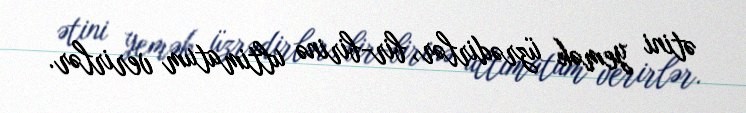
ətini yemək üzrədirlər, bir-birinə ultimatum verirlər.